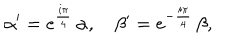
\alpha ^ { \prime } = e ^ { \frac { i \pi } 4 } \, \alpha , \quad \beta ^ { \prime } = e ^ { - \frac { i \pi } 4 } \, \beta ,